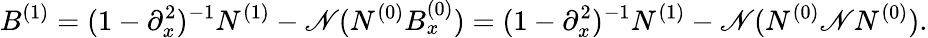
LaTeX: B^{(1)}=(1-\partial_{x}^{2})^{-1}N^{(1)}-\mathscr{N}(N^{(0)}B_{x}^{(0)})=(1-\partial_{x}^{2})^{-1}N^{(1)}-\mathscr{N}(N^{(0)}\mathscr{N}N^{(0)}).